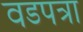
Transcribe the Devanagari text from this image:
वडपत्रा